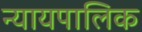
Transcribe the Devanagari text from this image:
न्यायपालिक